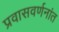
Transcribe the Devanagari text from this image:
प्रवासवर्णनांत